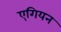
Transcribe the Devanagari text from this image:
एगियन